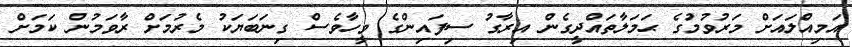
އަމިއްލައަށް މަރުވުމުގެ ޙަމަލާތައްދީގެން އިރާގު ސިފައިންގެ ވީހާވެސް ގިނަބަޔަކު މެރުމަށް ރާވަމުން ކަމަށް